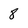
Character: 8